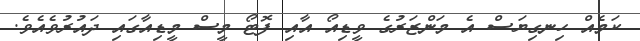
ކަމެއް ހިނގިޔަސް އެ މަންޒަރުގެ ވީޑިއޯ އާއި ފޮޓޯ މީސް މީޑިއާގައި ދައުރުވެއެވެ.